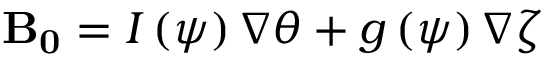
\mathbf { B _ { 0 } } = I \left( \psi \right) \nabla \theta + g \left( \psi \right) \nabla \zeta